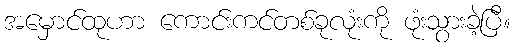
အမှောင်ထုဟာ ကောင်းကင်တစ်ခုလုံးကို ဖုံးသွားခဲ့ပြီ။